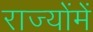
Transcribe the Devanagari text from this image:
राज्योंमें